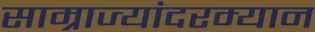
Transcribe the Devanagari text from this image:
साम्राज्यांदरम्यान